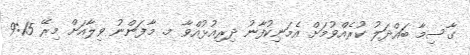
ގާސިމާ ބައްދަލު ކުރެއްވުމަށް އެމަނިކުފާނު ދިރިއުޅުއްވާ މ. މާފަންނު ވިލާއަށް މިރޭ 9:15